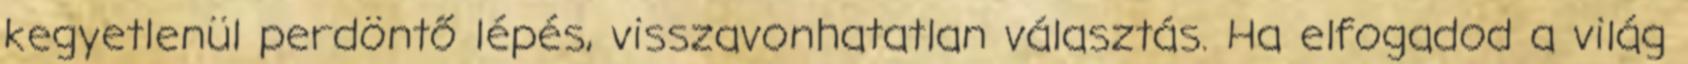
kegyetlenül perdöntő lépés, visszavonhatatlan választás. Ha elfogadod a világ